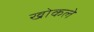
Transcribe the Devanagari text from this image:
खोकले